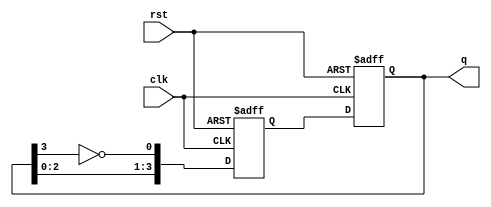
module johnson_counter (
    input wire clk,
    input wire rst,
    output reg [3:0] q
);

reg [3:0] q_next;

always @(posedge clk or posedge rst)
begin
    if (rst)
        q_next <= 4'b0001;
    else
        q_next <= {q[2:0], ~q[3]};
end

always @(posedge clk or posedge rst)
begin
    if (rst)
        q <= 4'b0001;
    else
        q <= q_next;
end

endmodule